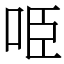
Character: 𠱸